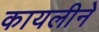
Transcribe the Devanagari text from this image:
कायलीने